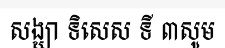
សង្ឃា ទិសេស ទី ៣សូម